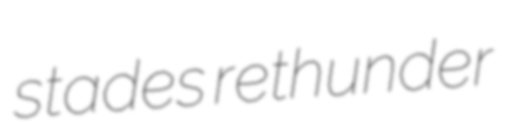
stades rethunder